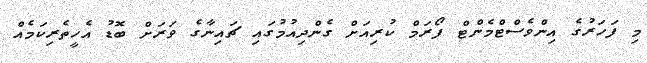
މި ފަހަރުގެ އިންވެސްޓްމެންޓް ފޯރަމް ކުރިއަށް ގެންދިއުމުގައި ޗައިނާގެ ވަރަށް ބޮޑު އެހީތެރިކަމެއް